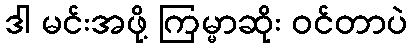
ဒါ မင်းအဖို့ ကြမ္မာဆိုး ဝင်တာပဲ